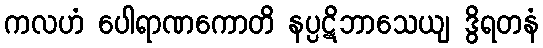
ကလဟံ ပေါရာဏကောတိ နပ္ပဋိဘာသေယျ ဒွိရတနံ